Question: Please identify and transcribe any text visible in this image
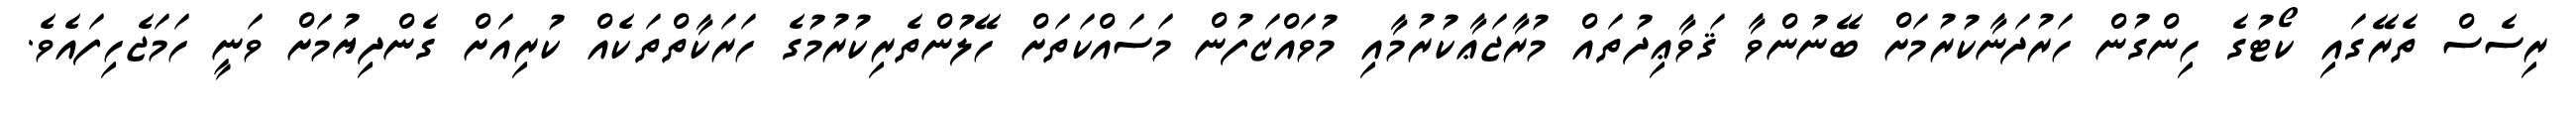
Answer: ރިސެސް ތެރޭގައި ކޯޓުގެ ހިންގުން ހަރުދަނާކުރުމަށް ބޭނުންވާ ޤަވާޢިދުތައް މުރާޖަޢާކުރުމާއި މުވައްޒަފުން މަސައްކަތަށް ހޭލުންތެރިކުރުމުގެ ހަރަކާތްތަކެއް ކުރިއަށް ގެންދިޔުމަށް ވަނީ ހަމަޖެހިފައެވެ.